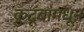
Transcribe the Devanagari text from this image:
कुटूंबांमधून